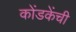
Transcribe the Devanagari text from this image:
कोंडकेंची